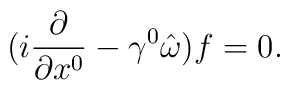
(i\frac{\partial}{\partial x^0}-\gamma^0 \hat{\omega})f=0.